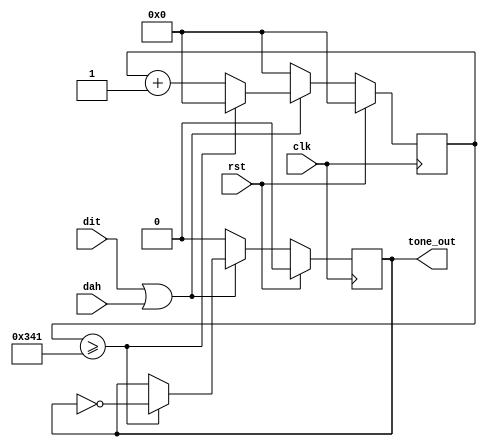
module tone_generator (
    // Inputs
    input  clk,
    input  rst,
    input  dit,
    input  dah,

    // Output
    output tone_out
);

    // Constant parameters
    localparam SIZE_COUNTER = 10;       // 10-Bit counter
    localparam MAX_COUNT    = 10'h341;  // 600 Hz with 1MHz clock, for testing: 10'h8

    // Internal registers
    reg [SIZE_COUNTER-1:0] counter;
    reg [SIZE_COUNTER-1:0] next_counter;
    reg tone_output;
    reg next_tone_output;

    // Register process
    always @(posedge clk) begin
        if (rst) begin
            counter     <= {SIZE_COUNTER{1'b0}};
            tone_output <= 1'b0;
        end else begin
            counter     <= next_counter;
            tone_output <= next_tone_output;
        end
    end

    // Sequential logic
    always @(*) begin
    	// Default assignment
    	next_counter = counter;
    	next_tone_output = tone_output;
    	
        if (dit || dah) begin
            if (counter >= MAX_COUNT) begin
                // Toggle output and reset counter
                next_tone_output = ~tone_output;
                next_counter = {SIZE_COUNTER{1'b0}};
            end else begin
                // Count up
                next_counter = counter + {{(SIZE_COUNTER-1){1'b0}}, 1'b1};
                next_tone_output = tone_output;
            end
        end else begin
            // Reset counter
            next_counter     = {SIZE_COUNTER{1'b0}};
            next_tone_output = 1'b0;
        end
    end
    
    // Combinatoric logic
    assign tone_out = tone_output;

endmodule